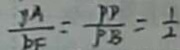
\frac { y A } { b F } = \frac { P D } { P B } = \frac { 1 } { 2 }